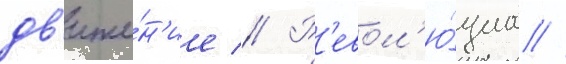
дв'иже́н'ие // Р'евол'ю́циа //